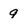
Character: 9